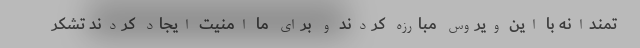
تمندانه با این ویروس مبارزه کردند و برای ما امنیت ایجاد کردند تشکر